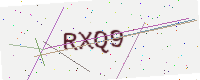
Text: RXQ9